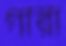
গারা